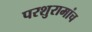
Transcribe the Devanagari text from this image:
परशुरामांच